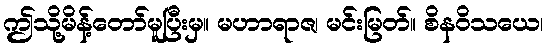
ဤသို့မိန့်တော်မူပြီးမှ။ မဟာရာဇ၊ မင်းမြတ်။ စိနဝိသယေ၊